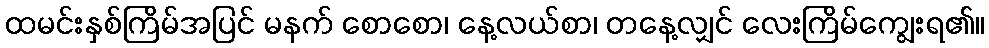
ထမင်းနှစ်ကြိမ်အပြင် မနက် စောစော၊ နေ့လယ်စာ၊ တနေ့လျှင် လေးကြိမ်ကျွေးရ၏။